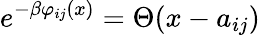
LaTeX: e^{-\beta\varphi_{ij}(x)}=\Theta(x-a_{ij})